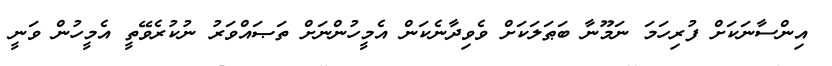
އިންސާނަކަށް ފުރިހަމަ ނަމޫނާ ބަޠަލަކަށް ވެވިދާނެކަން އެމީހުންނަށް ތަޞައްވަރު ނުކުރެވޭތީ އެމީހުން ވަނީ